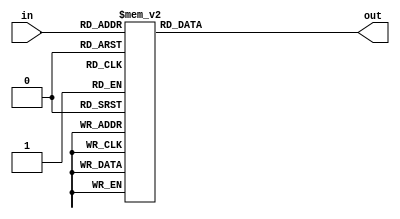
module decode_7seg(input [3:0] in,output [7:0] out);
    function [7:0] decoder(input [3:0] f_in);
    begin
        case (f_in)
        0:decoder=8'b1111_1100;
        1:decoder=8'b0110_0000;
        2:decoder=8'b1101_1010;
        3:decoder=8'b1111_0010;
        4:decoder=8'b0110_0110;
        5:decoder=8'b1011_0110;
        6:decoder=8'b1011_1110;
        7:decoder=8'b1110_0000;
        8:decoder=8'b1111_1110;
        9:decoder=8'b1111_0110;
        10:decoder=8'b1110_1110;
        11:decoder=8'b0011_1110;
        12:decoder=8'b0001_1010;
        13:decoder=8'b0111_1010;
        14:decoder=8'b1001_1110;
        15:decoder=8'b1000_1110;
        endcase
    end
    endfunction
    assign out=decoder(in);
    
endmodule